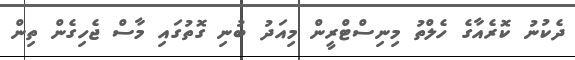
ދެކުނު ކޮރެއާގެ ހެލްތު މިނިސްޓްރީން މިއަދު ބުނި ގޮތުގައި މާސް ޖެހިގެން ތިން